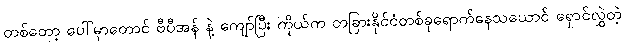
တစ်တော့ ပေါ်မှာတောင် ဗီပီအန် နဲ့ ကျော်ပြီး ကိုယ်က တခြားနိုင်ငံတစ်ခုရောက်နေသယောင် ရှောင်လွှဲတဲ့